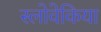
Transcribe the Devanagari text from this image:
स्लोवेकिया